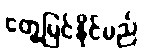
တွေ့မြင်နိုင်မည်